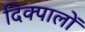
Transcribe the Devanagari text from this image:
दिक्पालों